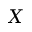
X